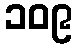
၁၀၉